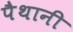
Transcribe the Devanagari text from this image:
पैथानी